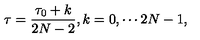
\tau = \frac { \tau _ { 0 } + k } { 2 N - 2 } , k = 0 , \cdots 2 N - 1 ,